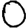
Digit: 0